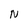
Character: N